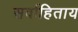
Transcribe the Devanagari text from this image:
सर्वाहिताय